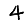
Digit: 4